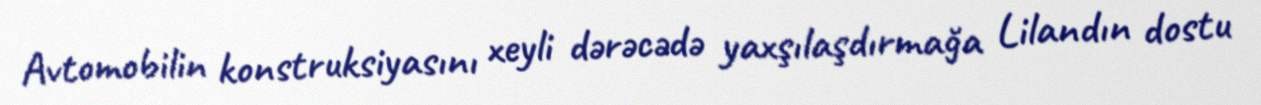
Avtomobilin konstruksiyasını xeyli dərəcədə yaxşılaşdırmağa Lilandın dostu